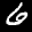
Label: 6